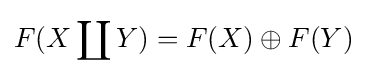
F(X\coprod Y)=F(X)\oplus F(Y)